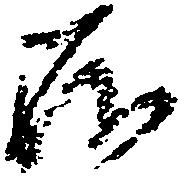
存